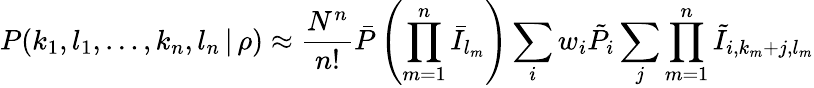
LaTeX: P(k_{1},l_{1},\dots,k_{n},l_{n}\, |\, \rho)\approx\frac{N^{n}}{n!}\bar{P}\left(\prod_{m=1}^{n}\bar{I}_{l_{m}}\right)\sum_{i}w_{i}\tilde{P}_{i}\sum_{j}\prod_{m=1}^{n}\tilde{I}_{i,k_{m}+j,l_{m}}